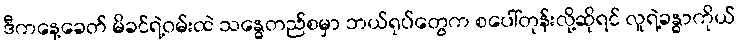
ဒီကနေ့ခေတ် မိခင်ရဲ့ဝမ်းထဲ သန္ဓေတည်စမှာ ဘယ်ရုပ်တွေက စပေါ်တုန်းလို့ဆိုရင် လူရဲ့ခန္ဓာကိုယ်